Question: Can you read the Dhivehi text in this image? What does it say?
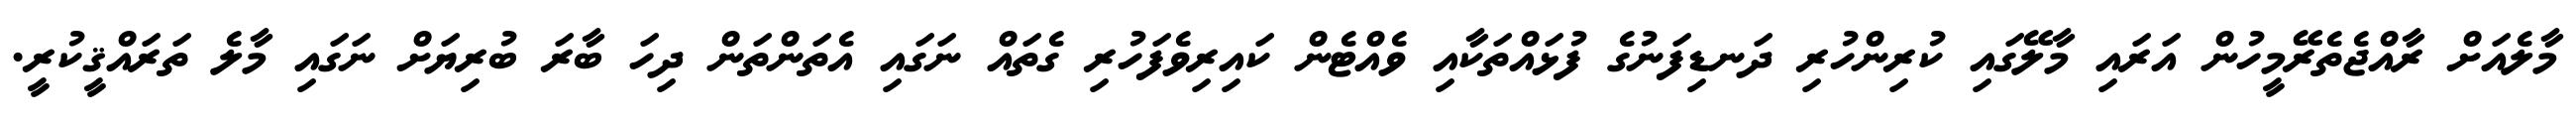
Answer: މާލެއަށް ރާއްޖެތެރޭމީހުން އަރައި މާލޭގައި ކުރިންހުރި ދަނޑިފަނުގެ ފުޅައްތަކާއި ވެއްޓެން ކައިރިވެފަހުރި ގެތައް ނަގައި އެތަންތަން ދިހަ ބާރަ ބުރިޔަށް ނަގައި މާލެ ތަރައްޤީކުރީ.